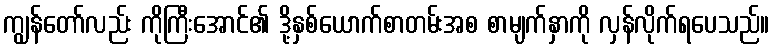
ကျွန်တော်လည်း ကိုကြီးအောင်၏ ဒို့နှစ်ယောက်စာတမ်းအစ စာမျက်နှာကို လှန်လိုက်ရပေသည်။